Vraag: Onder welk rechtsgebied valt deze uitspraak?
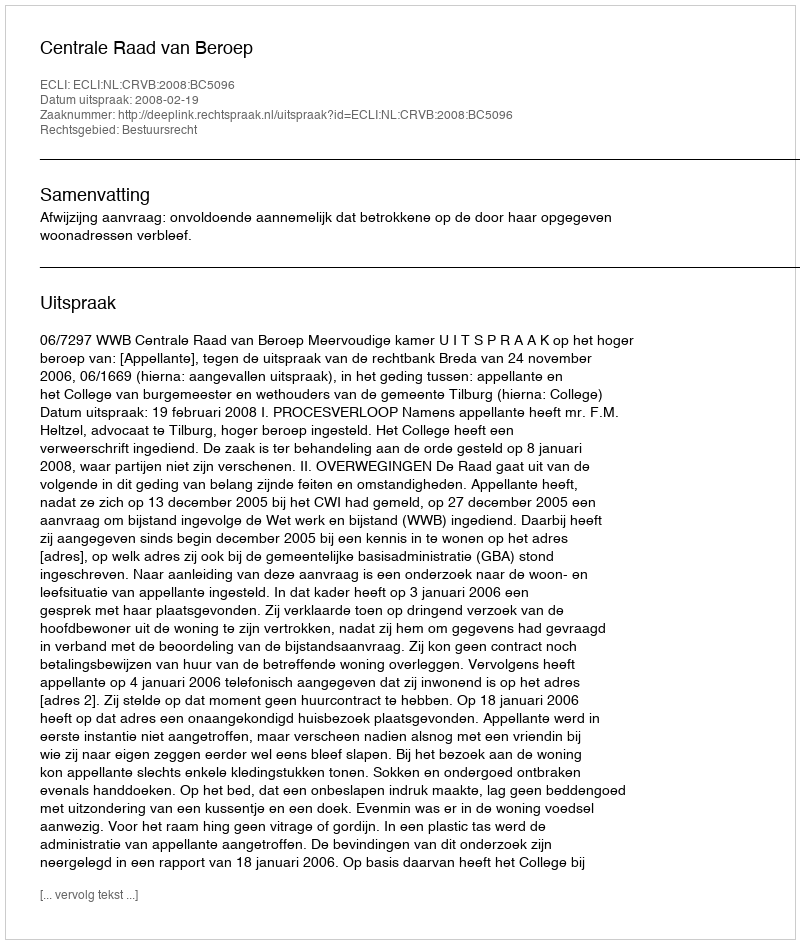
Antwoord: Bestuursrecht